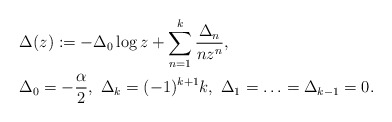
\begin{align*}&\Delta(z) := -\Delta_0 \log z + \sum^k_{n=1}\frac{\Delta_n}{n z^n},\\&\Delta_0=-\frac{\alpha}{2}, \ \Delta_k=(-1)^{k+1}k,\ \Delta_1=\ldots=\Delta_{k-1}=0.\end{align*}